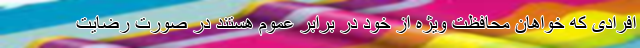
افرادی که خواهان محافظت ویژه از خود در برابر عموم هستند در صورت رضایت